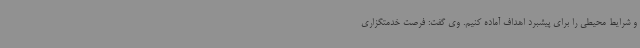
و شرایط محیطی را برای پیشبرد اهداف آماده کنیم. وی گفت: فرصت خدمتگزاری